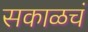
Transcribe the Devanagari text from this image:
सकाळचं